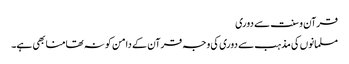
قرآن و سنت سے دوری
مسلمانوں کی مذہب سے دوری کی وجہ قرآن کے دامن کو نہ تھامنا بھی ہے۔